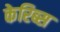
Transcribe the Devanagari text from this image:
केरिब्स